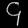
Digit: ၄